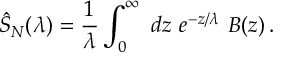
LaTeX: \hat { S } _ { N } ( \lambda ) = { \frac { 1 } { \lambda } } \int _ { 0 } ^ { \infty } \ d z \ e ^ { - z / \lambda } \ B ( z ) \, .